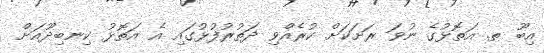
އިބޫ ތ. އަތޮޅުގެ ނުވަ ރަށަކަށް ކުރެއްވި ދަތުރުފުޅުގައި އެ އަތޮޅު ކިނބިދޫއަށް